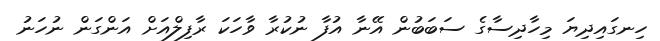
ހިނގައިދިޔަ މިހާދިސާގެ ސަބަބުން އޭނާ އުފާ ނުކުރާ ވާހަކަ ރާފިލްއަށް އަންގަން ނުހަނު